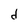
Character: d